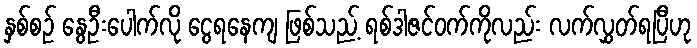
နှစ်စဉ် နွေဦးပေါက်လို ငွေရနေကျ ဖြစ်သည့် ရစ်ဒါဇင်ဝက်ကိုလည်း လက်လွှတ်ရပြီဟု